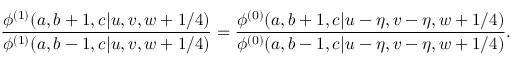
\displaystyle { \frac { \phi ^ { ( 1 ) } ( a , b + 1 , c | u , v , w + 1 / 4 ) } { \phi ^ { ( 1 ) } ( a , b - 1 , c | u , v , w + 1 / 4 ) } } = \displaystyle { \frac { \phi ^ { ( 0 ) } ( a , b + 1 , c | u - \eta , v - \eta , w + 1 / 4 ) } { \phi ^ { ( 0 ) } ( a , b - 1 , c | u - \eta , v - \eta , w + 1 / 4 ) } } .